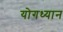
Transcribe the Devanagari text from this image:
योगध्‍यान